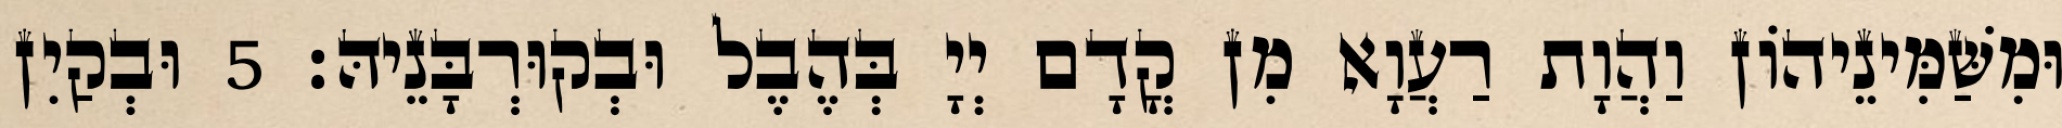
וּמִשַּׁמִּינֵיהוֹן וַהֲוָת רַעֲוָא מִן קֳדָם יְיָ בְּהֶבֶל וּבְקוּרְבָּנֵיהּ׃ 5 וּבְקַיִן